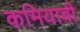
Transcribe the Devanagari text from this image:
कमियाबी